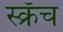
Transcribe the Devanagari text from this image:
स्क्रॅच